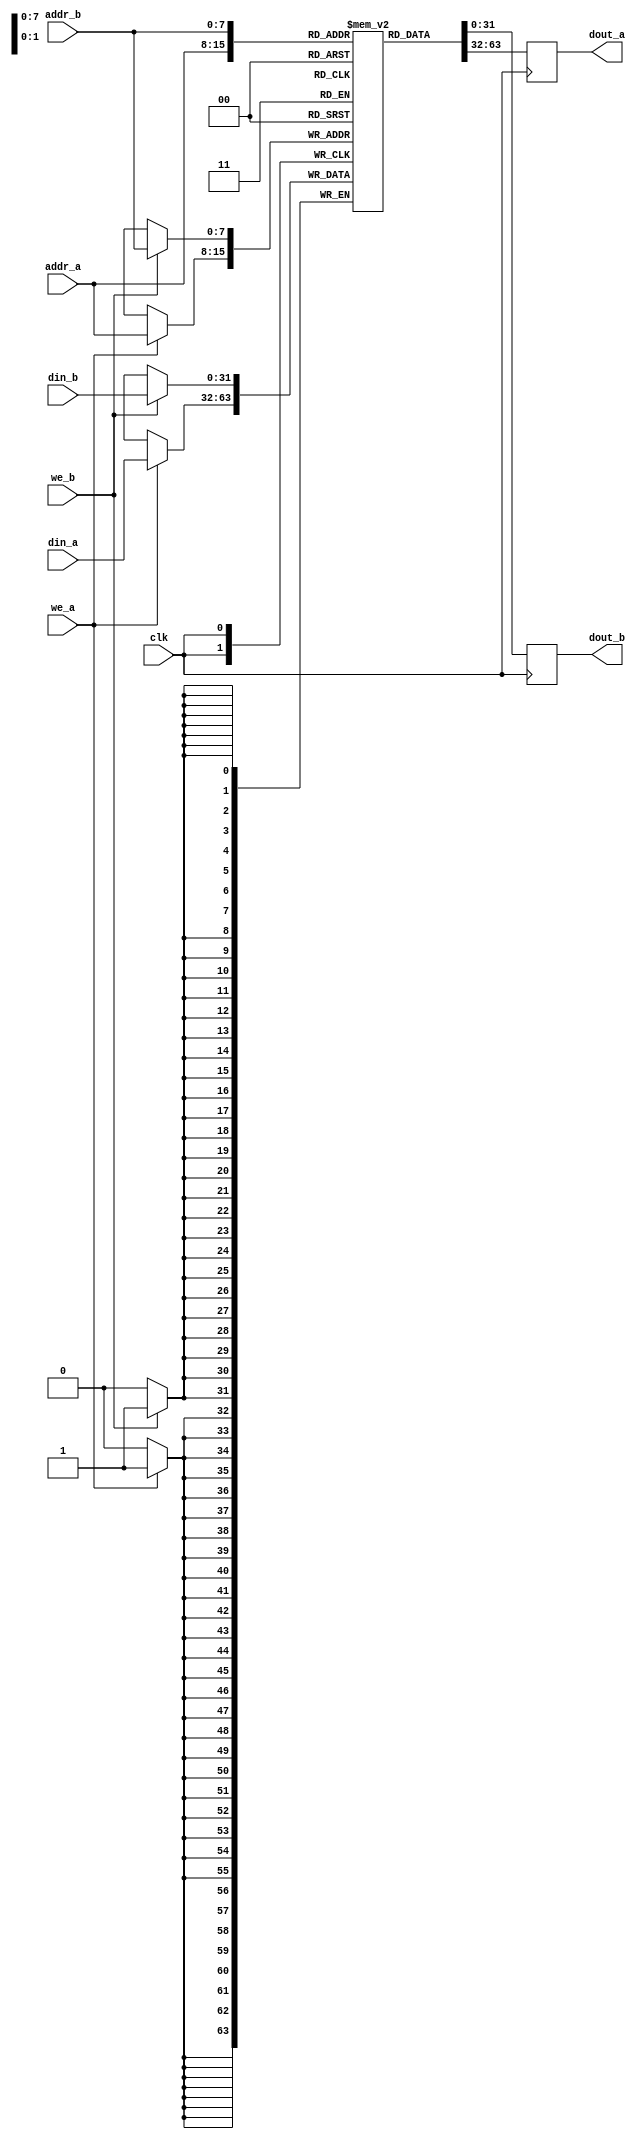
module dual_port_scrap_memory #(
    parameter DEPTH = 256,   // Memory depth (number of words)
    parameter WIDTH = 32     // Memory width (number of bits per word)
)(
    input wire clk,                  // Clock signal (for synchronous operations)
    input wire we_a,                 // Write Enable for Port A
    input wire we_b,                 // Write Enable for Port B
    input wire [WIDTH-1:0] din_a,    // Data input for Port A
    input wire [WIDTH-1:0] din_b,    // Data input for Port B
    input wire [$clog2(DEPTH)-1:0] addr_a, // Address input for Port A
    input wire [$clog2(DEPTH)-1:0] addr_b, // Address input for Port B
    output reg [WIDTH-1:0] dout_a,   // Data output for Port A
    output reg [WIDTH-1:0] dout_b    // Data output for Port B
);

    // Memory array declaration
    reg [WIDTH-1:0] memory [0:DEPTH-1];

    // Write and Read operations for Port A
    always @(posedge clk) begin
        if (we_a) begin
            memory[addr_a] <= din_a;  // Write data to memory
        end
        dout_a <= memory[addr_a];    // Read data from memory
    end

    // Write and Read operations for Port B
    always @(posedge clk) begin
        if (we_b) begin
            memory[addr_b] <= din_b;  // Write data to memory
        end
        dout_b <= memory[addr_b];    // Read data from memory
    end

endmodule